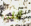
أنني